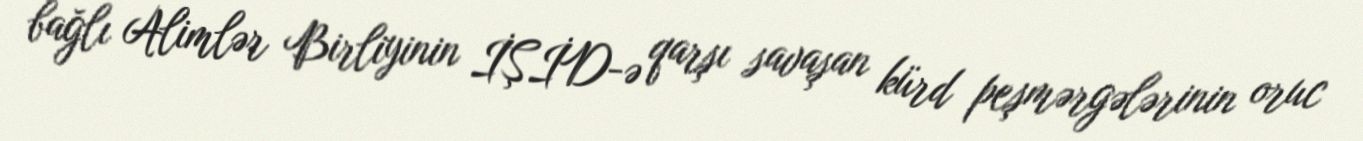
bağlı Alimlər Birliyinin İŞİD-ə qarşı savaşan kürd peşmərgələrinin oruc